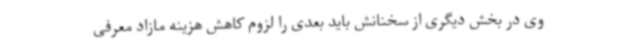
وی در بخش دیگری از سخنانش باید بعدی را لزوم کاهش هزینه مازاد معرفی